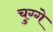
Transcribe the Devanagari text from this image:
चुग्गे